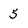
Character: 5